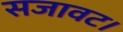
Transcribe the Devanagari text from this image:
सजावट।